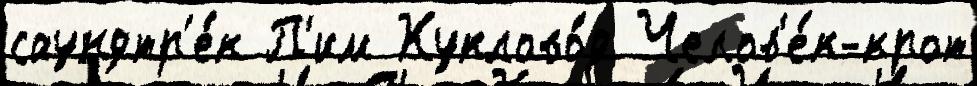
саундтр'е́к П'им Куклово́д Челов'е́к-крот